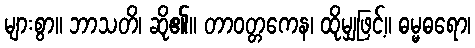
များစွာ။ ဘာသတိ၊ ဆို၏။ တာဝတ္တကေန၊ ထိုမျှဖြင့်။ ဓမ္မဓရော၊